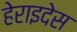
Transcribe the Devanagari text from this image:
हेराइदेस